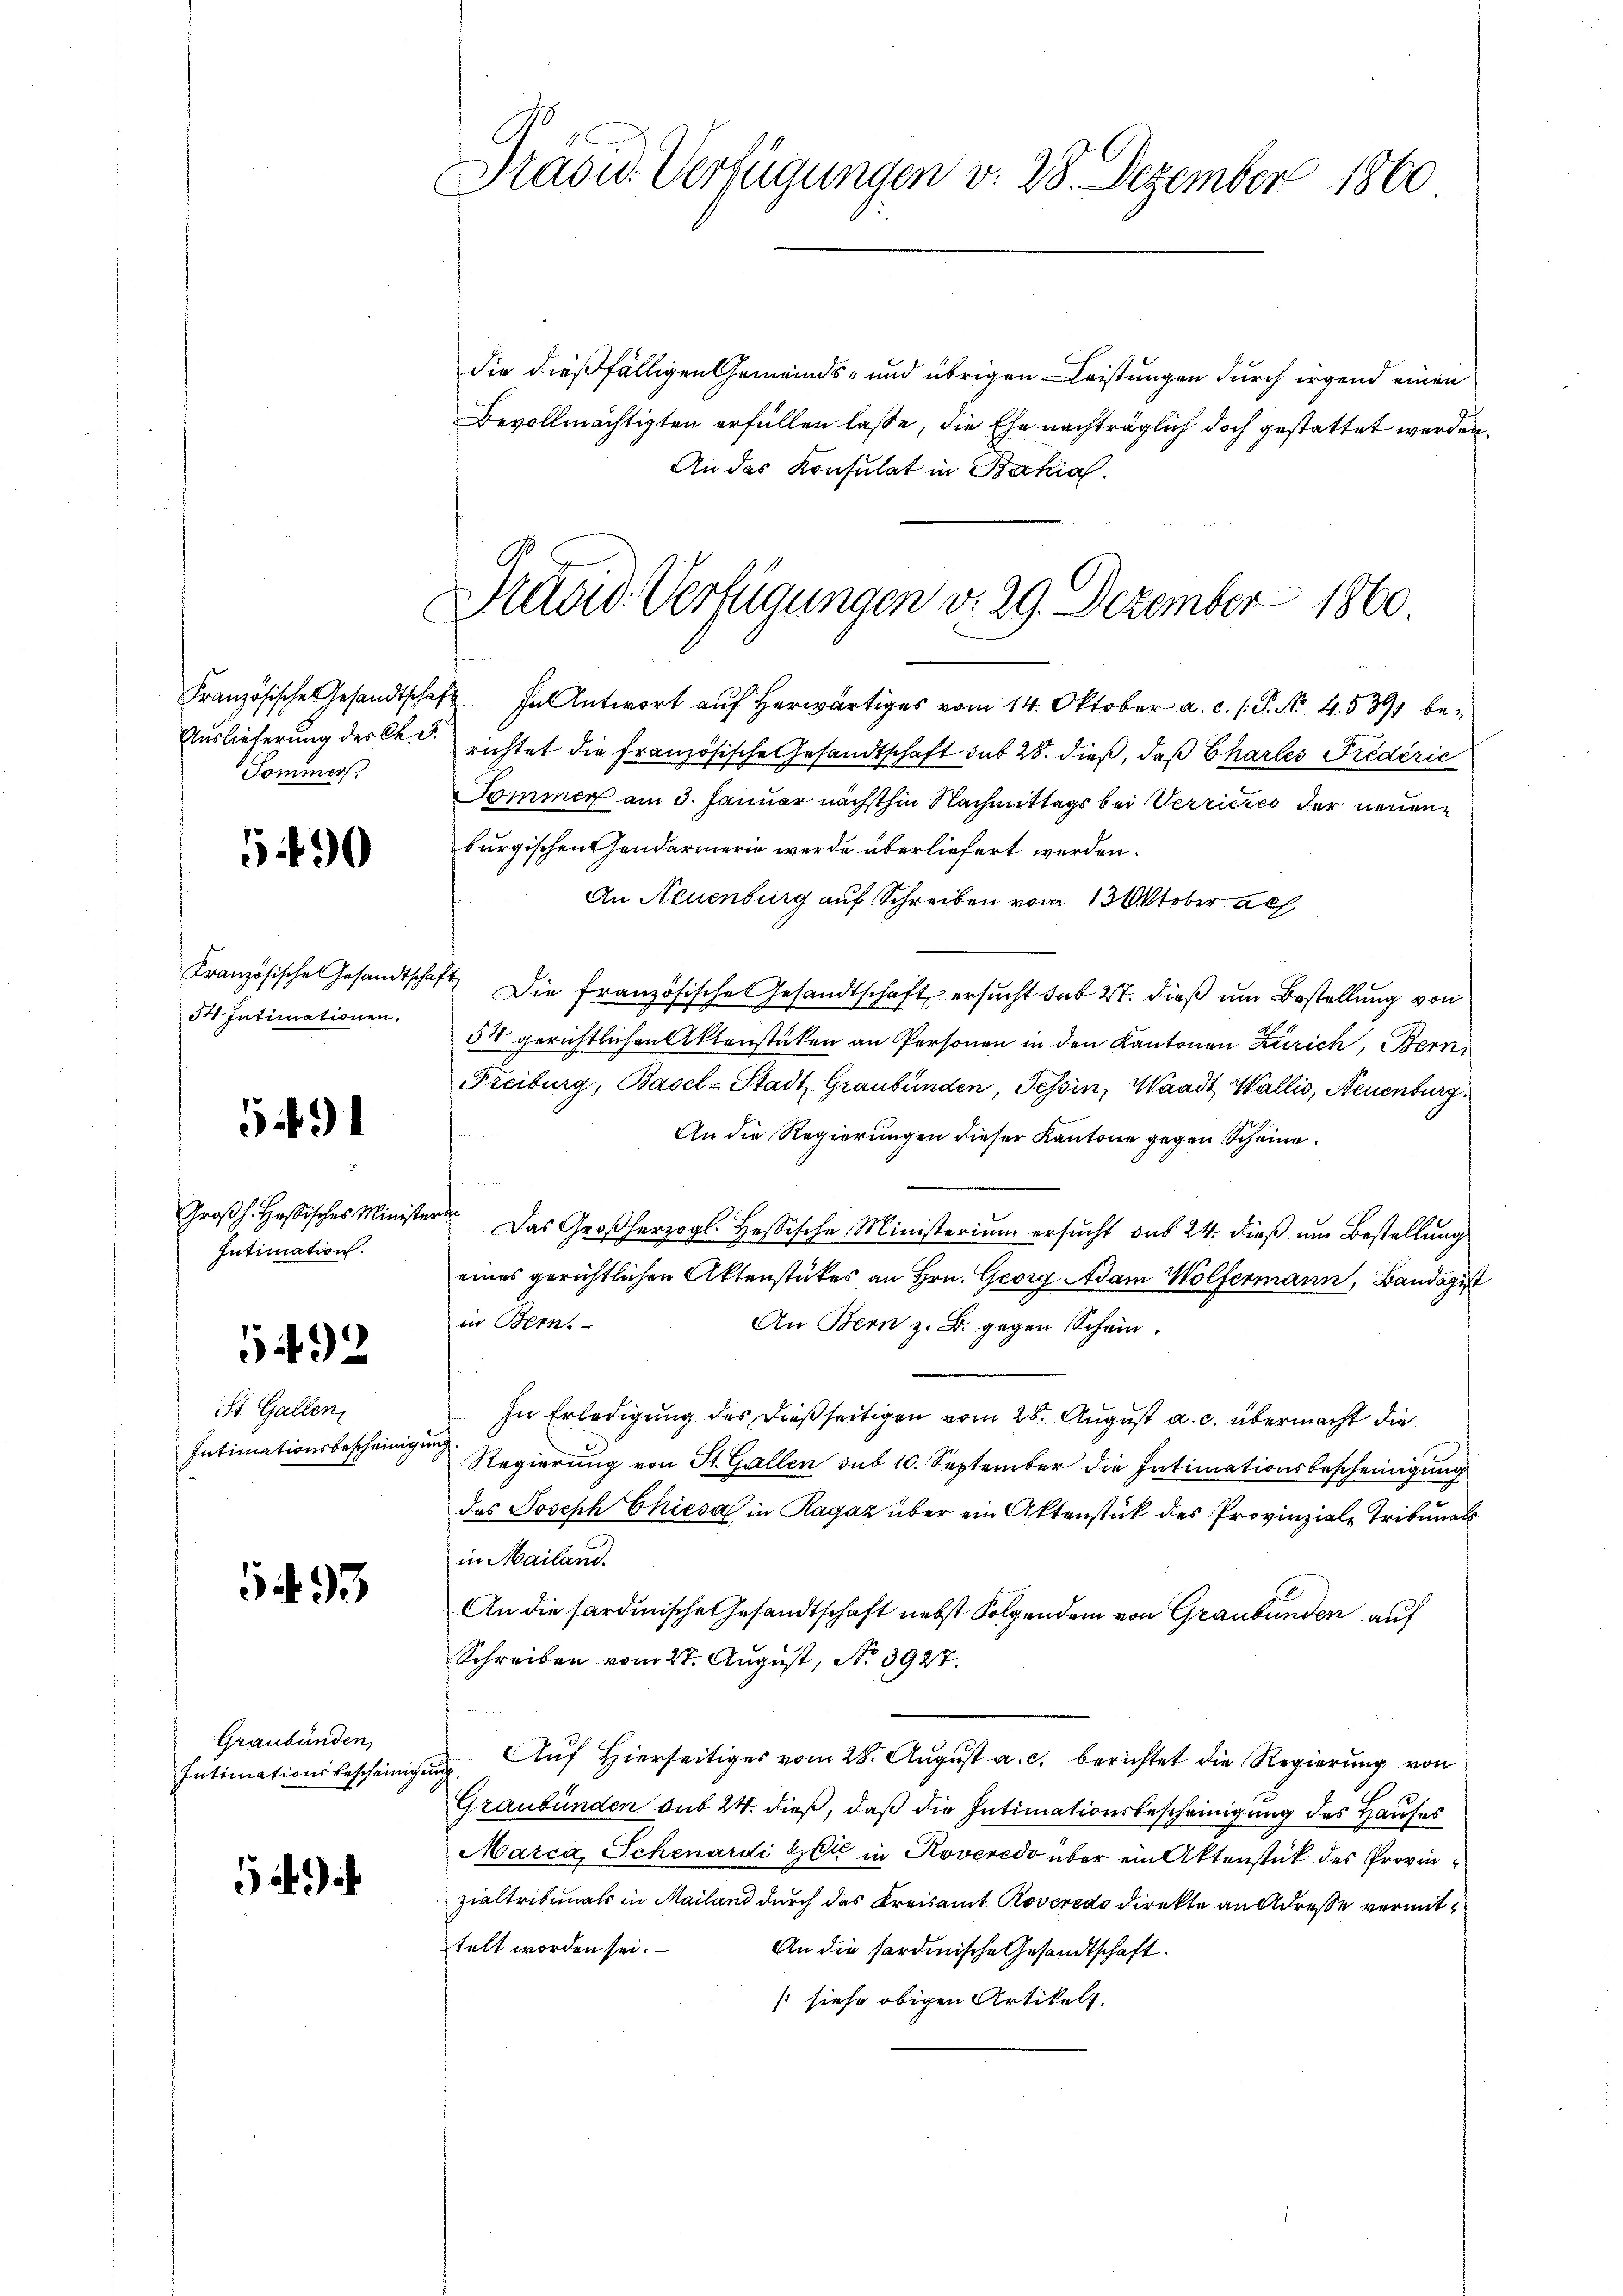
Französische Gesandtscha
Auslieferung der Ch. F.
Sommers.

490

Französische Gesandtsche
5t Intimationen,

5491

Großh. Hassisches Ministe
Intimation.

5492

St. Gallen,
Intimationsbescheinig

5493

Graubünden
Intimationsbescheinige

Präsid. Verfügungen v. 28. Dezember 1860

Kleid. Verfügungen v. 29. Dezember 1860

die dießfälligen Gemeinds- und übrigen Leistungen durch irgend einen
Bevollmächtigten erfüllen lasse, die Ehe nachträglich doch gestattet werden.
An das Konsulat in Bahial.
1 In Antwort auf herwärtiges vom 14. Oktober a. c. /. P. No. 4. 5391 berichtet die Französische Gesandtschaft des 28. dieß, daß Chartes Prediric
Sommer am 3. Januar nächsthin Nachmittags bei Verrieres der neuen
burgischen Gendarmerie werde überliefert werden.
An Neuenburg auf Schreiben vom 13. Oktober ach
ft. Die französisches Gesandtschaft ersucht sub 27. dieß um Bestellung von
54 gerichtlichen Aktenstüken an Personen in den Kantonen Zürich, Bern
Freiburg, Basel-Stadt Graubünden, Tessin, Waadt Wallis, Neuenburg
An die Regierungen dieser Kantone gegen Scheine
f
Das Großherzogl. Hessische Ministerium ersucht das 24. dieß um Bestellung
eines gerichtlichen Aktenstückes an Hrn. Georg Adam Wölfermann, Bandagist
in Bern.
An Bern z. B. gegen Schein.
In Erledigung des dießseitigen vom 28. August a. c. übermacht die
ih
Regierung von St. Gallen sub 10. September die Intimationsbescheinigung
das Joseph Chiesa in Ragaz über ein Aktenstück des Provinziale Tribunals
in Mailand.
An die sardinischen Gesandtschaft nebst Folgendem von Graubünden auf
Schreiben vom 27. August, N. 3927.
 Auf Hierseitiges vom 28. August a. c. berichtet die Regierung von
Graubünden sub 24. dieß, daß die Intimationsbescheinigung des Hauses
Marca, Schenardi Zeit in Roveredo über ein Aktenstück des Provin
zialtribunals in Mailand durch das Kreisamt Roveredo direkte an Adresse vermittelt worden sei.
An die sardinische Gesandtschaft.
(siehe obigen Artikelt.